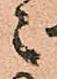
々